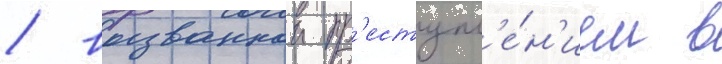
/ вызваннои пр'еступл'е́н'ием в